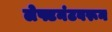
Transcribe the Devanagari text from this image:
लेफ्टनंटवरून